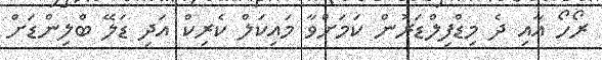
ރޯހޯ އާއި ދެ މިޑްފިލްޑަރުން ކަމަށްވާ މައިކަލް ކެރިކް އަދި ޑަލޭ ބްލިންޑަށް